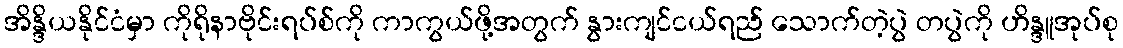
အိန္ဒိယနိုင်ငံမှာ ကိုရိုနာဗိုင်းရပ်စ်ကို ကာကွယ်ဖို့အတွက် နွားကျင်ငယ်ရည် သောက်တဲ့ပွဲ တပွဲကို ဟိန္ဒူအုပ်စု